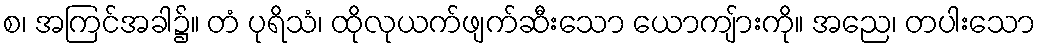
စ၊ အကြင်အခါ၌။ တံ ပုရိသံ၊ ထိုလုယက်ဖျက်ဆီးသော ယောကျ်ားကို။ အညေ၊ တပါးသော